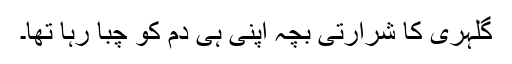
گلہری کا شرارتی بچہ اپنی ہی دم کو چبا رہا تھا۔